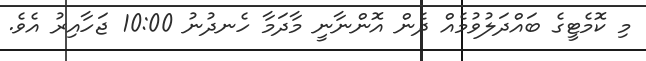
މި ކޮމެޓީގެ ބައްދަލުވުމެއް ދެން އޮންނާނީ މާދަމާ ހެނދުނު 10:00 ޖަހާއިރު އެވެ.